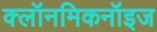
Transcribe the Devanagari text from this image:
क्लॉनमिकनॉइज